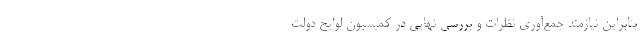
بنابراین نیازمند جمع‌آوری نظرات و بررسی نهایی در کمیسیون لوایح دولت